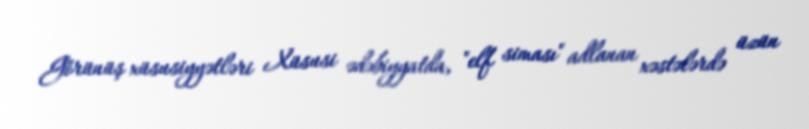
Görünüş xüsusiyyətləri Xüsusi ədəbiyyatda, "elf siması" adlanan xəstələrdə üzün